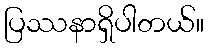
ပြဿနာရှိပါတယ်။